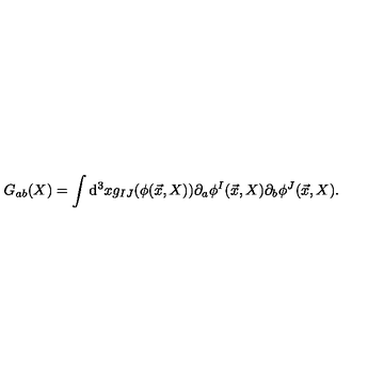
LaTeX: G _ { a b } ( X ) = \int \mathrm { d } ^ { 3 } x g _ { I J } ( \phi ( \vec { x } , X ) ) \partial _ { a } \phi ^ { I } ( \vec { x } , X ) \partial _ { b } \phi ^ { J } ( \vec { x } , X ) .